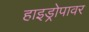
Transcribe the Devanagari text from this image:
हाइड्रोपावर